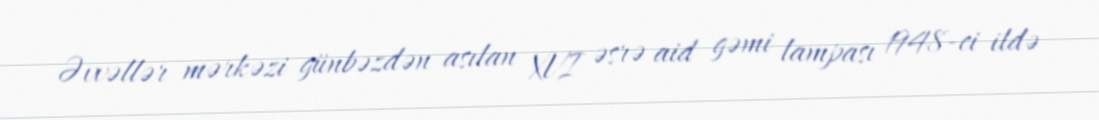
Əvvəllər mərkəzi günbəzdən asılan XVI əsrə aid gəmi lampası 1948-ci ildə